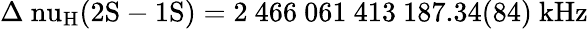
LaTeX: \mathrm{{\Delta\ nu_{H}(2S-1S)=2~466~061~413~187.34(84)~kHz}}